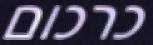
כרכום